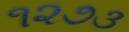
૧૨૭૩